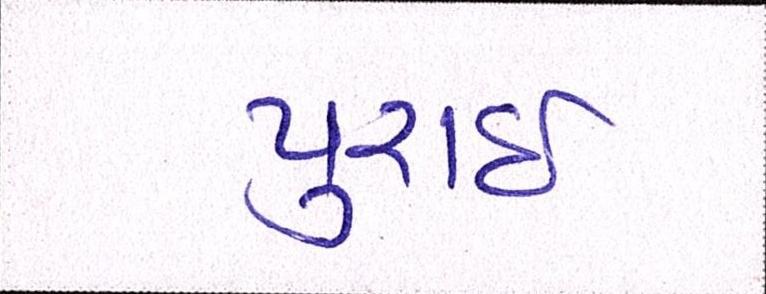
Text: પુરાઈ